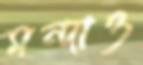
মন্দাও